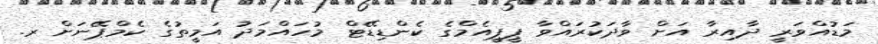
މަޑުއްވަރީ ދާއިރާ އަށް ވާދަކުރައްވާ ޕީޕީއެމްގެ ކެންޑިޑޭޓް މުހައްމަދު އަމީތުގެ ކެމްޕޭނަށް ރ.